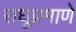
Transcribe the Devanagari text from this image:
राघूप्रमाणे